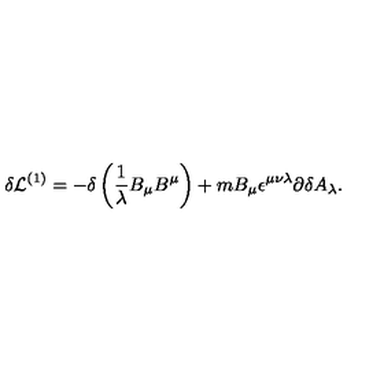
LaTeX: \delta { \cal L } ^ { ( 1 ) } = - \delta \left( \frac { 1 } { \lambda } B _ { \mu } B ^ { \mu } \right) + m B _ { \mu } \epsilon ^ { \mu \nu \lambda } \partial \delta A _ { \lambda } .